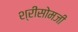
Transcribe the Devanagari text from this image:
श्रीसोमजी